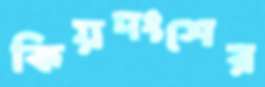
কিয়দংশের